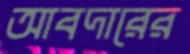
আবদারের